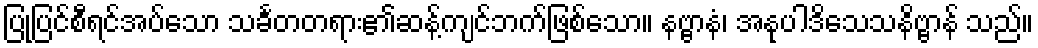
ပြုပြင်စီရင်အပ်သော သင်္ခတတရား၏ဆန့်ကျင်ဘက်ဖြစ်သော။ နဗ္ဗာနံ၊ အနုပါဒိသေသနိဗ္ဗာန် သည်။